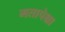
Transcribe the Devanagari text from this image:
मतापेक्षा